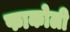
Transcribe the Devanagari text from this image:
फाकोली